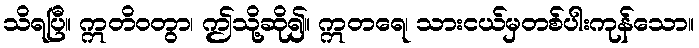
သိရပြီ။ ဣတိဝတွာ၊ ဤသို့ဆို၍။ ဣတရေ၊ သားငယ်မှတစ်ပါးကုန်သော။